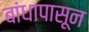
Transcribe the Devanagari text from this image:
बांधापासून